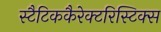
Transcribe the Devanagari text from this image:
स्टैटिककैरेक्टरिस्टिक्स